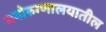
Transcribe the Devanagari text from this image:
मनोरुग्णालयातील